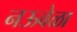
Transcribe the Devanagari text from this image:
नऊवेळा